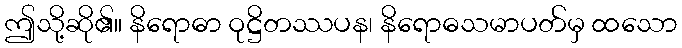
ဤသို့ဆို၏။ နိရောဓာ ဝုဋ္ဌိတဿပန၊ နိရောဓသမာပတ်မှ ထသော